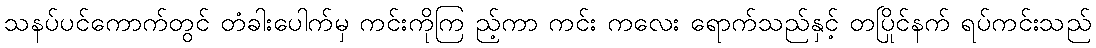
သနပ်ပင်ကောက်တွင် တံခါးပေါက်မှ ကင်းကိုကြ ည့်ကာ ကင်း ကလေး ရောက်သည်နှင့် တပြိုင်နက် ရပ်ကင်းသည်